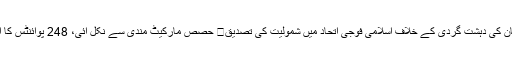
پاکستان کی دہشت گردی کے خلاف اسلامی فوجی اتحاد میں شمولیت کی تصدیق	 حصص مارکیٹ مندی سے نکل آئی، 248 پوائنٹس کا اضافہ